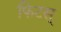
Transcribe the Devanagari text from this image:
फिटस्‌